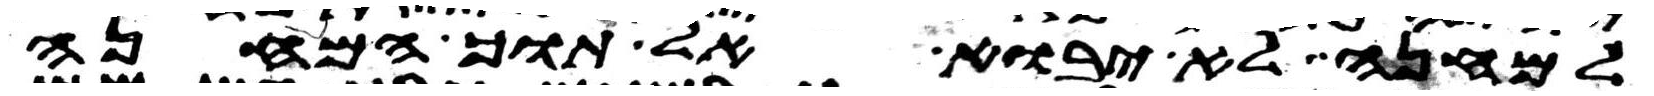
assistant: למחנה לא יבוא אל תוך המחנה